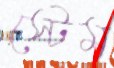
স্টেম